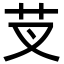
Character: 芆